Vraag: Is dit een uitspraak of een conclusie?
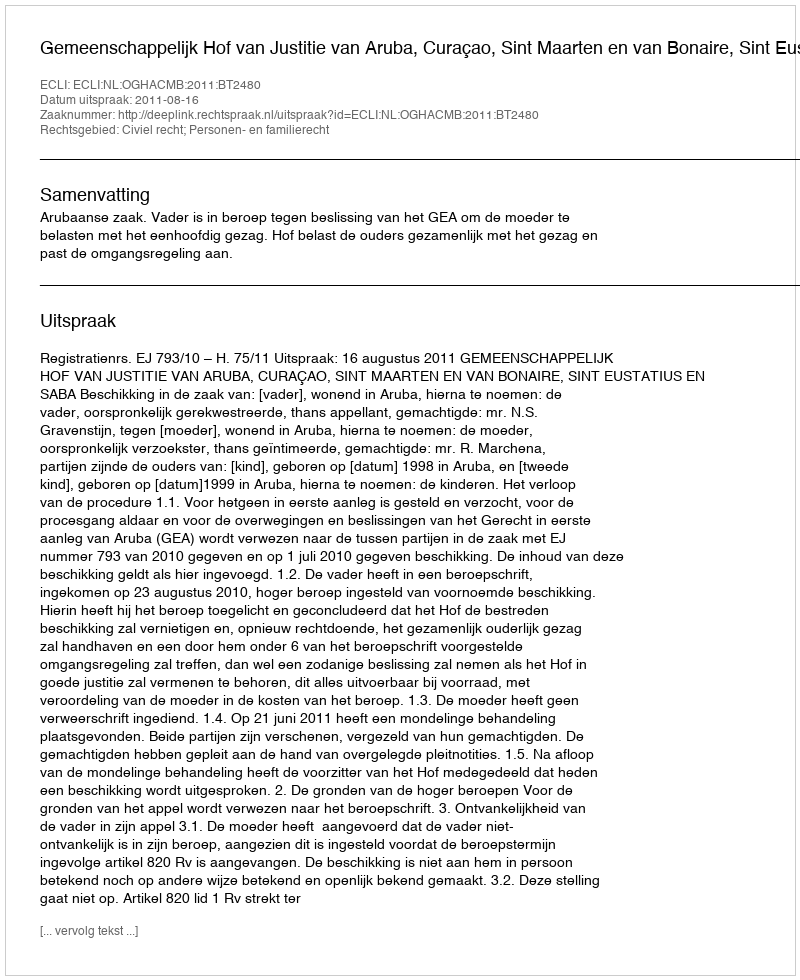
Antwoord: Uitspraak